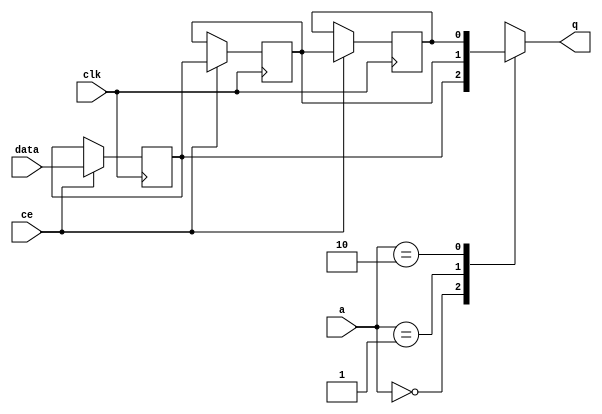
// This program was cloned from: https://github.com/zainryan/INSIDER-System
// License: MIT License

// ==============================================================
// File generated by Vivado(TM) HLS - High-Level Synthesis from C, C++ and SystemC
// Version: 2017.4.op
// Copyright (C) 1986-2018 Xilinx, Inc. All Rights Reserved.
// 
// ==============================================================


`timescale 1 ns / 1 ps

module start_for_app_input_data_mux_U0_shiftReg (
    clk,
    data,
    ce,
    a,
    q);

parameter DATA_WIDTH = 32'd1;
parameter ADDR_WIDTH = 32'd2;
parameter DEPTH = 32'd3;

input clk;
input [DATA_WIDTH-1:0] data;
input ce;
input [ADDR_WIDTH-1:0] a;
output [DATA_WIDTH-1:0] q;

reg[DATA_WIDTH-1:0] SRL_SIG [0:DEPTH-1];
integer i;

always @ (posedge clk)
    begin
        if (ce)
        begin
            for (i=0;i<DEPTH-1;i=i+1)
                SRL_SIG[i+1] <= SRL_SIG[i];
            SRL_SIG[0] <= data;
        end
    end

assign q = SRL_SIG[a];

endmodule

module start_for_app_input_data_mux_U0 (
    clk,
    reset,
    if_empty_n,
    if_read_ce,
    if_read,
    if_dout,
    if_full_n,
    if_write_ce,
    if_write,
    if_din);

parameter MEM_STYLE   = "shiftreg";
parameter DATA_WIDTH  = 32'd1;
parameter ADDR_WIDTH  = 32'd2;
parameter DEPTH       = 32'd3;

input clk;
input reset;
output if_empty_n;
input if_read_ce;
input if_read;
output[DATA_WIDTH - 1:0] if_dout;
output if_full_n;
input if_write_ce;
input if_write;
input[DATA_WIDTH - 1:0] if_din;

wire[ADDR_WIDTH - 1:0] shiftReg_addr ;
wire[DATA_WIDTH - 1:0] shiftReg_data, shiftReg_q;
wire                     shiftReg_ce;
reg[ADDR_WIDTH:0] mOutPtr = {(ADDR_WIDTH+1){1'b1}};
reg internal_empty_n = 0, internal_full_n = 1;

assign if_empty_n = internal_empty_n;
assign if_full_n = internal_full_n;
assign shiftReg_data = if_din;
assign if_dout = shiftReg_q;

always @ (posedge clk) begin
    if (reset == 1'b1)
    begin
        mOutPtr <= ~{ADDR_WIDTH+1{1'b0}};
        internal_empty_n <= 1'b0;
        internal_full_n <= 1'b1;
    end
    else begin
        if (((if_read & if_read_ce) == 1 & internal_empty_n == 1) && 
            ((if_write & if_write_ce) == 0 | internal_full_n == 0))
        begin
            mOutPtr <= mOutPtr - 1;
            if (mOutPtr == 0)
                internal_empty_n <= 1'b0;
            internal_full_n <= 1'b1;
        end 
        else if (((if_read & if_read_ce) == 0 | internal_empty_n == 0) && 
            ((if_write & if_write_ce) == 1 & internal_full_n == 1))
        begin
            mOutPtr <= mOutPtr + 1;
            internal_empty_n <= 1'b1;
            if (mOutPtr == DEPTH - 2)
                internal_full_n <= 1'b0;
        end 
    end
end

assign shiftReg_addr = mOutPtr[ADDR_WIDTH] == 1'b0 ? mOutPtr[ADDR_WIDTH-1:0]:{ADDR_WIDTH{1'b0}};
assign shiftReg_ce = (if_write & if_write_ce) & internal_full_n;

start_for_app_input_data_mux_U0_shiftReg 
#(
    .DATA_WIDTH(DATA_WIDTH),
    .ADDR_WIDTH(ADDR_WIDTH),
    .DEPTH(DEPTH))
U_start_for_app_input_data_mux_U0_ram (
    .clk(clk),
    .data(shiftReg_data),
    .ce(shiftReg_ce),
    .a(shiftReg_addr),
    .q(shiftReg_q));

endmodule